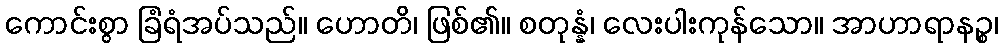
ကောင်းစွာ ခြံရံအပ်သည်။ ဟောတိ၊ ဖြစ်၏။ စတုန္နံ၊ လေးပါးကုန်သော။ အာဟာရာနဉ္စ၊